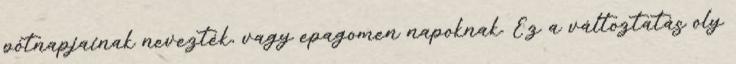
pótnapjainak nevezték, vagy epagomen napoknak. Ez a változtatás oly